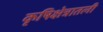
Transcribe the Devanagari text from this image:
कृषिक्षेत्रातली